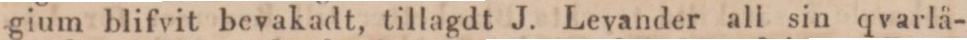
gium blifvit bevakadt, tillagdt J. Levander all sin qvarlå-